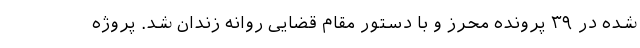
شده در ۳۹ پرونده محرز و با دستور مقام قضایی روانه زندان شد. پروژه